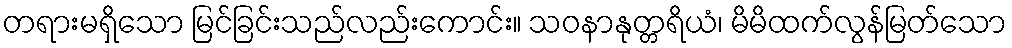
တရားမရှိသော မြင်ခြင်းသည်လည်းကောင်း။ သဝနာနုတ္တရိယံ၊ မိမိထက်လွန်မြတ်သော